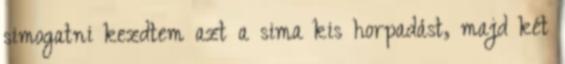
simogatni kezdtem azt a sima kis horpadást, majd két